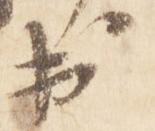
出